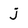
Character: j